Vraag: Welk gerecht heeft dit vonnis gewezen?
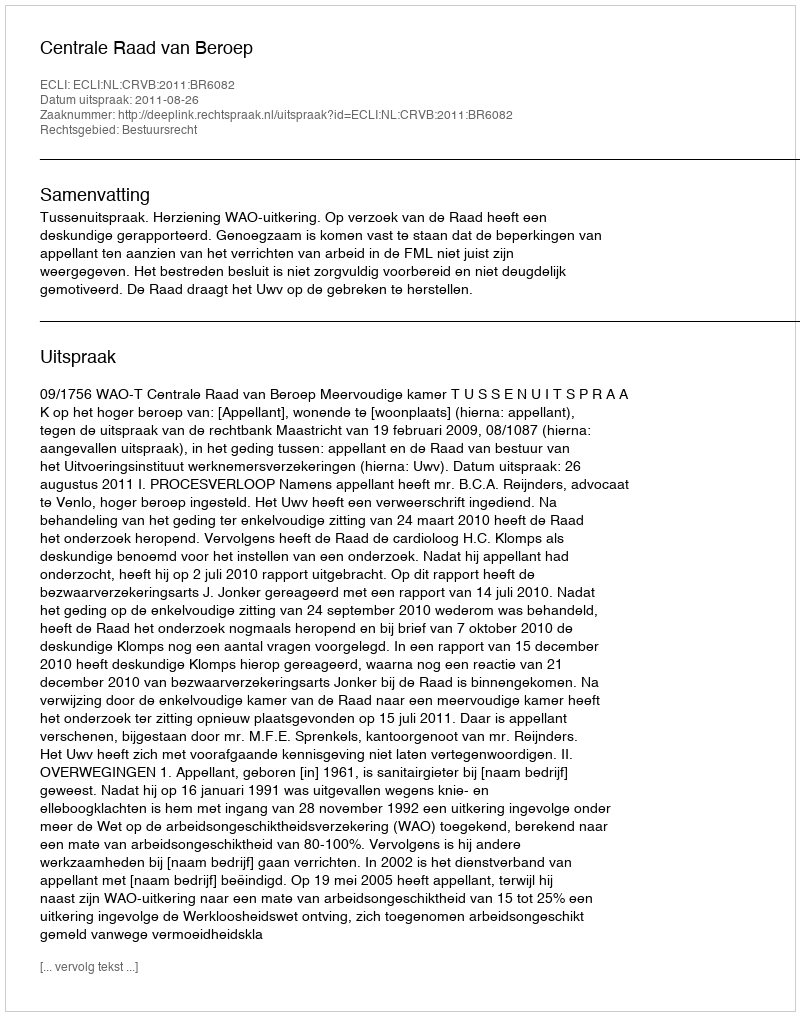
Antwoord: Centrale Raad van Beroep